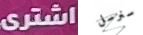
اشترى سنرسل